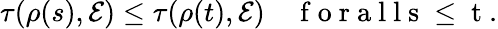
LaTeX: \tau(\rho(s),\mathcal{E})\leq\tau(\rho(t),\mathcal{E})\quad\mathrm{{~f~o~r~a~l~l~s~\leq~t~}}.